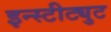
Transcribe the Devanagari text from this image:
इन्स्टीट्युट